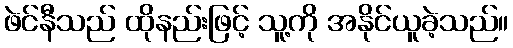
ဖဲင်နီသည် ထိုနည်းဖြင့် သူ့ကို အနိုင်ယူခဲ့သည်။